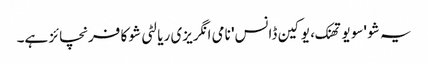
یہ شو 'سو یو تھنک، یو کین ڈانس' نامی انگریزی ریالٹی شو کا فرنچائز ہے۔